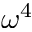
\omega ^ { 4 }